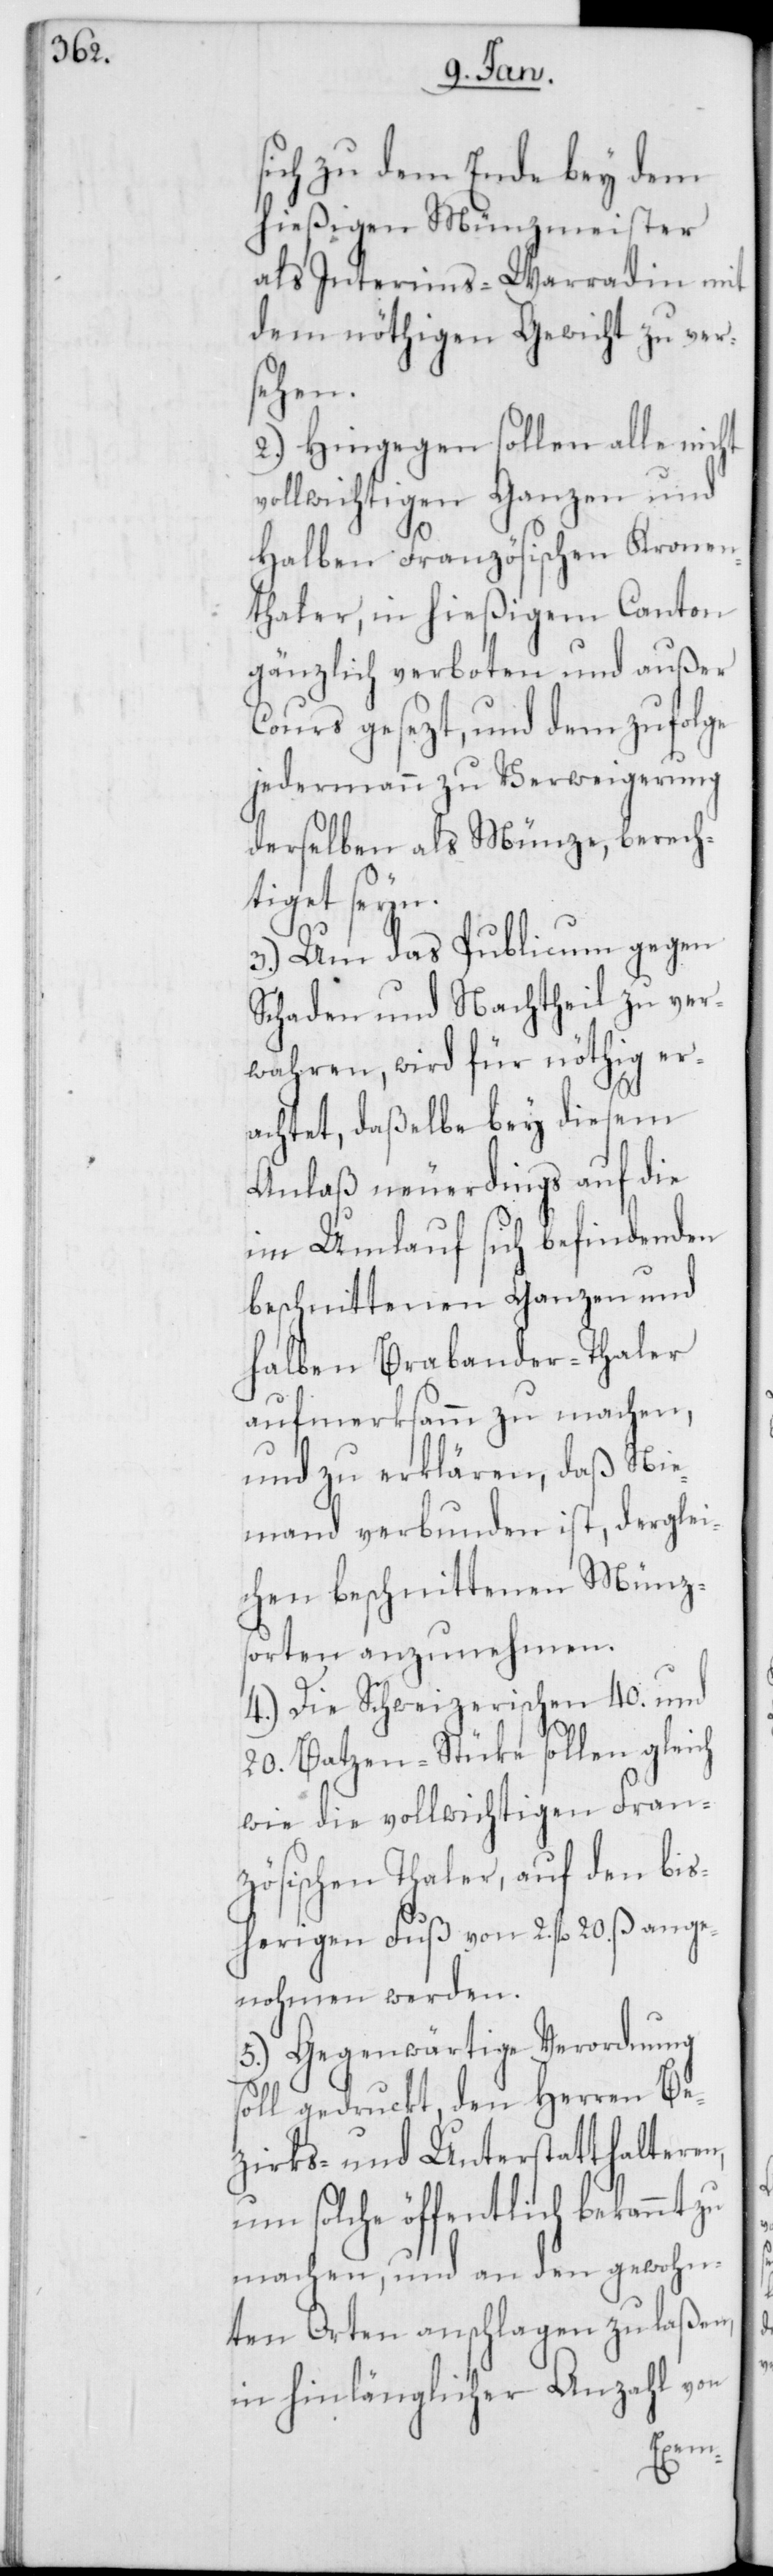
sich zu dem Ende bey dem
hießigen Münzmeister
als Interims-Warradin mit
dem nöthigen Gewicht zu ver¬
sehen.
2.) Hingegen sollen alle nicht
vollwichtigen Ganzen und
halben Französischen Kronen¬
thaler, in hießigem Canton
gänzlich verboten und außer
Cours gesezt, und dem zufolge
jedermann zu Verweigerung
derselben als Münze, berech¬
tiget seyn.
3.) Um das Publicum gegen
Schaden und Nachtheil zu ver¬
wahren, wird für nöthig er¬
achtet, daßelbe bey diesem
Anlaß neuerdings auf die
im Umlauf sich befindenden
beschnittenen Ganzen und
halben Brabanter-Thaler
aufmerksamm zu machen,
und zu erklären, daß Nie¬
mand verbunden ist, derglei¬
chen beschnittenen Münz¬
sorten anzunehmen.
4.) Die Schweizerischen 40.- und
20. Batzen-Stüke sollen gleich
wie die vollwichtigen Fran¬
zösischen Thaler, auf den bis¬
herigen Fuß von 2. fl. 20. ß ange¬
nohmen werden.
5.) Gegenwärtige Verordnung
soll gedruckt, den Herren Be¬
zirks- und Unterstatthalteren,
um solche öffentlich bekannt zu
machen, und an den gewohn¬
ten Orten anschlagen zu laßen,
in hinlänglicher Anzahl von